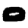
Digit: 0